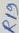
Text: R19